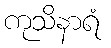
ကုသိနာရံ